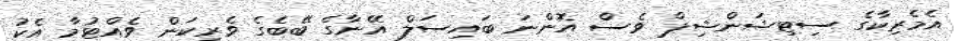
އެމެރިކާގެ ސިޓިޝަންޝިޕް ވެސް އޮންނަ ބައިސަލް އޭނާގެ ބޭބެގެ ވެރިކަން ވެއްޓުމާ އެކު